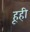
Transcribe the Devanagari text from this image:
हूही